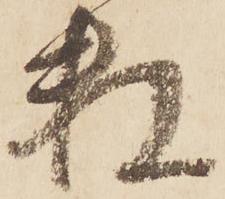
数